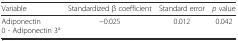
<table><thead><tr><td><b>Variable</b></td><td><b>Standardized β coefficient</b></td><td><b>Standard error</b></td><td><b><i>p</i> value</b></td></tr></thead><tbody><tr><td>Adiponectin 0 - Adiponectin 3<sup>a</sup></td><td>−0.025</td><td>0.012</td><td>0.042</td></tr></tbody></table>